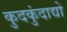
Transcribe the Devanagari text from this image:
कुदकुंदाद्यो